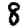
Digit: 8